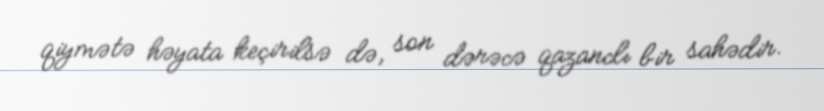
qiymətə həyata keçirilsə də, son dərəcə qazanclı bir sahədir.